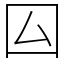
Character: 囜